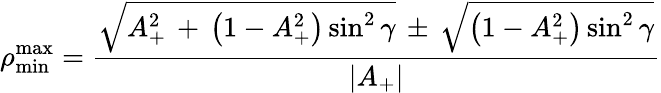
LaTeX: \rho_{\mathrm{min}}^{\mathrm{max}}=\frac{\sqrt{A_{+}^{2}\, +\, \left(1-A_{+}^{2}\right)\sin^{2}\gamma}\, \pm\, \sqrt{\left(1-A_{+}^{2}\right)\sin^{2}\gamma}}{|A_{+}|}